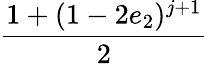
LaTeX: \displaystyle\frac{1+(1-2e_{2})^{j+1}}{2}